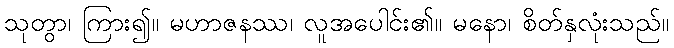
သုတွာ၊ ကြား၍။ မဟာဇနဿ၊ လူအပေါင်း၏။ မနော၊ စိတ်နှလုံးသည်။